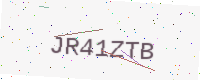
Text: JR41ZTB